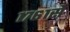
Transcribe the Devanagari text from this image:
१७६१से